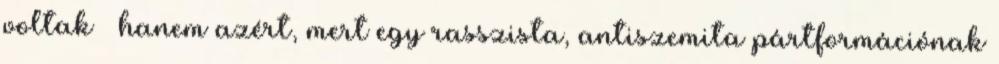
voltak – hanem azért, mert egy rasszista, antiszemita pártformációnak